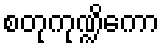
စတုကုဏ္ဍိကော